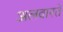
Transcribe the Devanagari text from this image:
अलवारते